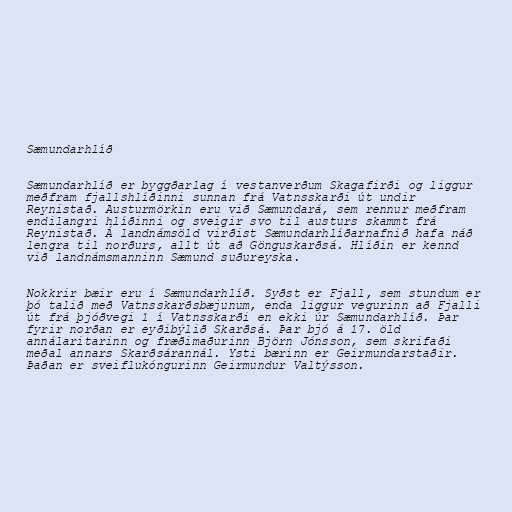
Sæmundarhlíð

Sæmundarhlíð er byggðarlag í vestanverðum Skagafirði og liggur
meðfram fjallshlíðinni sunnan frá Vatnsskarði út undir
Reynistað. Austurmörkin eru við Sæmundará, sem rennur meðfram
endilangri hlíðinni og sveigir svo til austurs skammt frá
Reynistað. Á landnámsöld virðist Sæmundarhlíðarnafnið hafa náð
lengra til norðurs, allt út að Gönguskarðsá. Hlíðin er kennd
við landnámsmanninn Sæmund suðureyska.

Nokkrir bæir eru í Sæmundarhlíð. Syðst er Fjall, sem stundum er
þó talið með Vatnsskarðsbæjunum, enda liggur vegurinn að Fjalli
út frá þjóðvegi 1 í Vatnsskarði en ekki úr Sæmundarhlíð. Þar
fyrir norðan er eyðibýlið Skarðsá. Þar bjó á 17. öld
annálaritarinn og fræðimaðurinn Björn Jónsson, sem skrifaði
meðal annars Skarðsárannál. Ysti bærinn er Geirmundarstaðir.
Þaðan er sveiflukóngurinn Geirmundur Valtýsson.